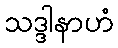
သဒ္ဒါနာဟံ